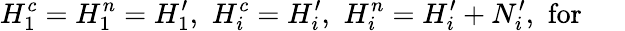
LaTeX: H_{1}^{c}=H_{1}^{n}=H_{1}^{\prime},\, \, H_{i}^{c}=H_{i}^{\prime},\, \, H_{i}^{n}=H_{i}^{\prime}+N_{i}^{\prime},\, \, \mathrm{for~\quad~}